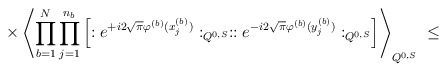
\begin{align*}\times\left\langle \prod_{b=1}^N \prod_{j=1}^{n_b}\left[ : e^{+i 2\sqrt{\pi}\varphi^{(b)}(x_{j}^{(b)})}:_{Q^{0,S}}:: e^{-i 2\sqrt{\pi}\varphi^{(b)}(y_{j}^{(b)})}:_{Q^{0,S}}\right] \right\rangle_{Q^{0,S}} \; \leq\end{align*}